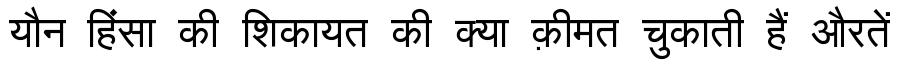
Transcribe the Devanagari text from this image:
यौन हिंसा की शिकायत की क्या क़ीमत चुकाती हैं औरतें